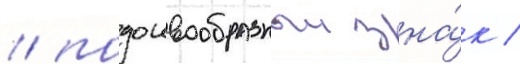
/ подошвообразныи зна́к /